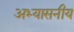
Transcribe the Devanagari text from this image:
अभ्यासनीय